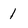
Character: 1